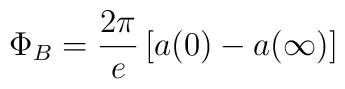
\Phi _B=\frac{2\pi }e\left[ a(0)-a(\infty )\right]